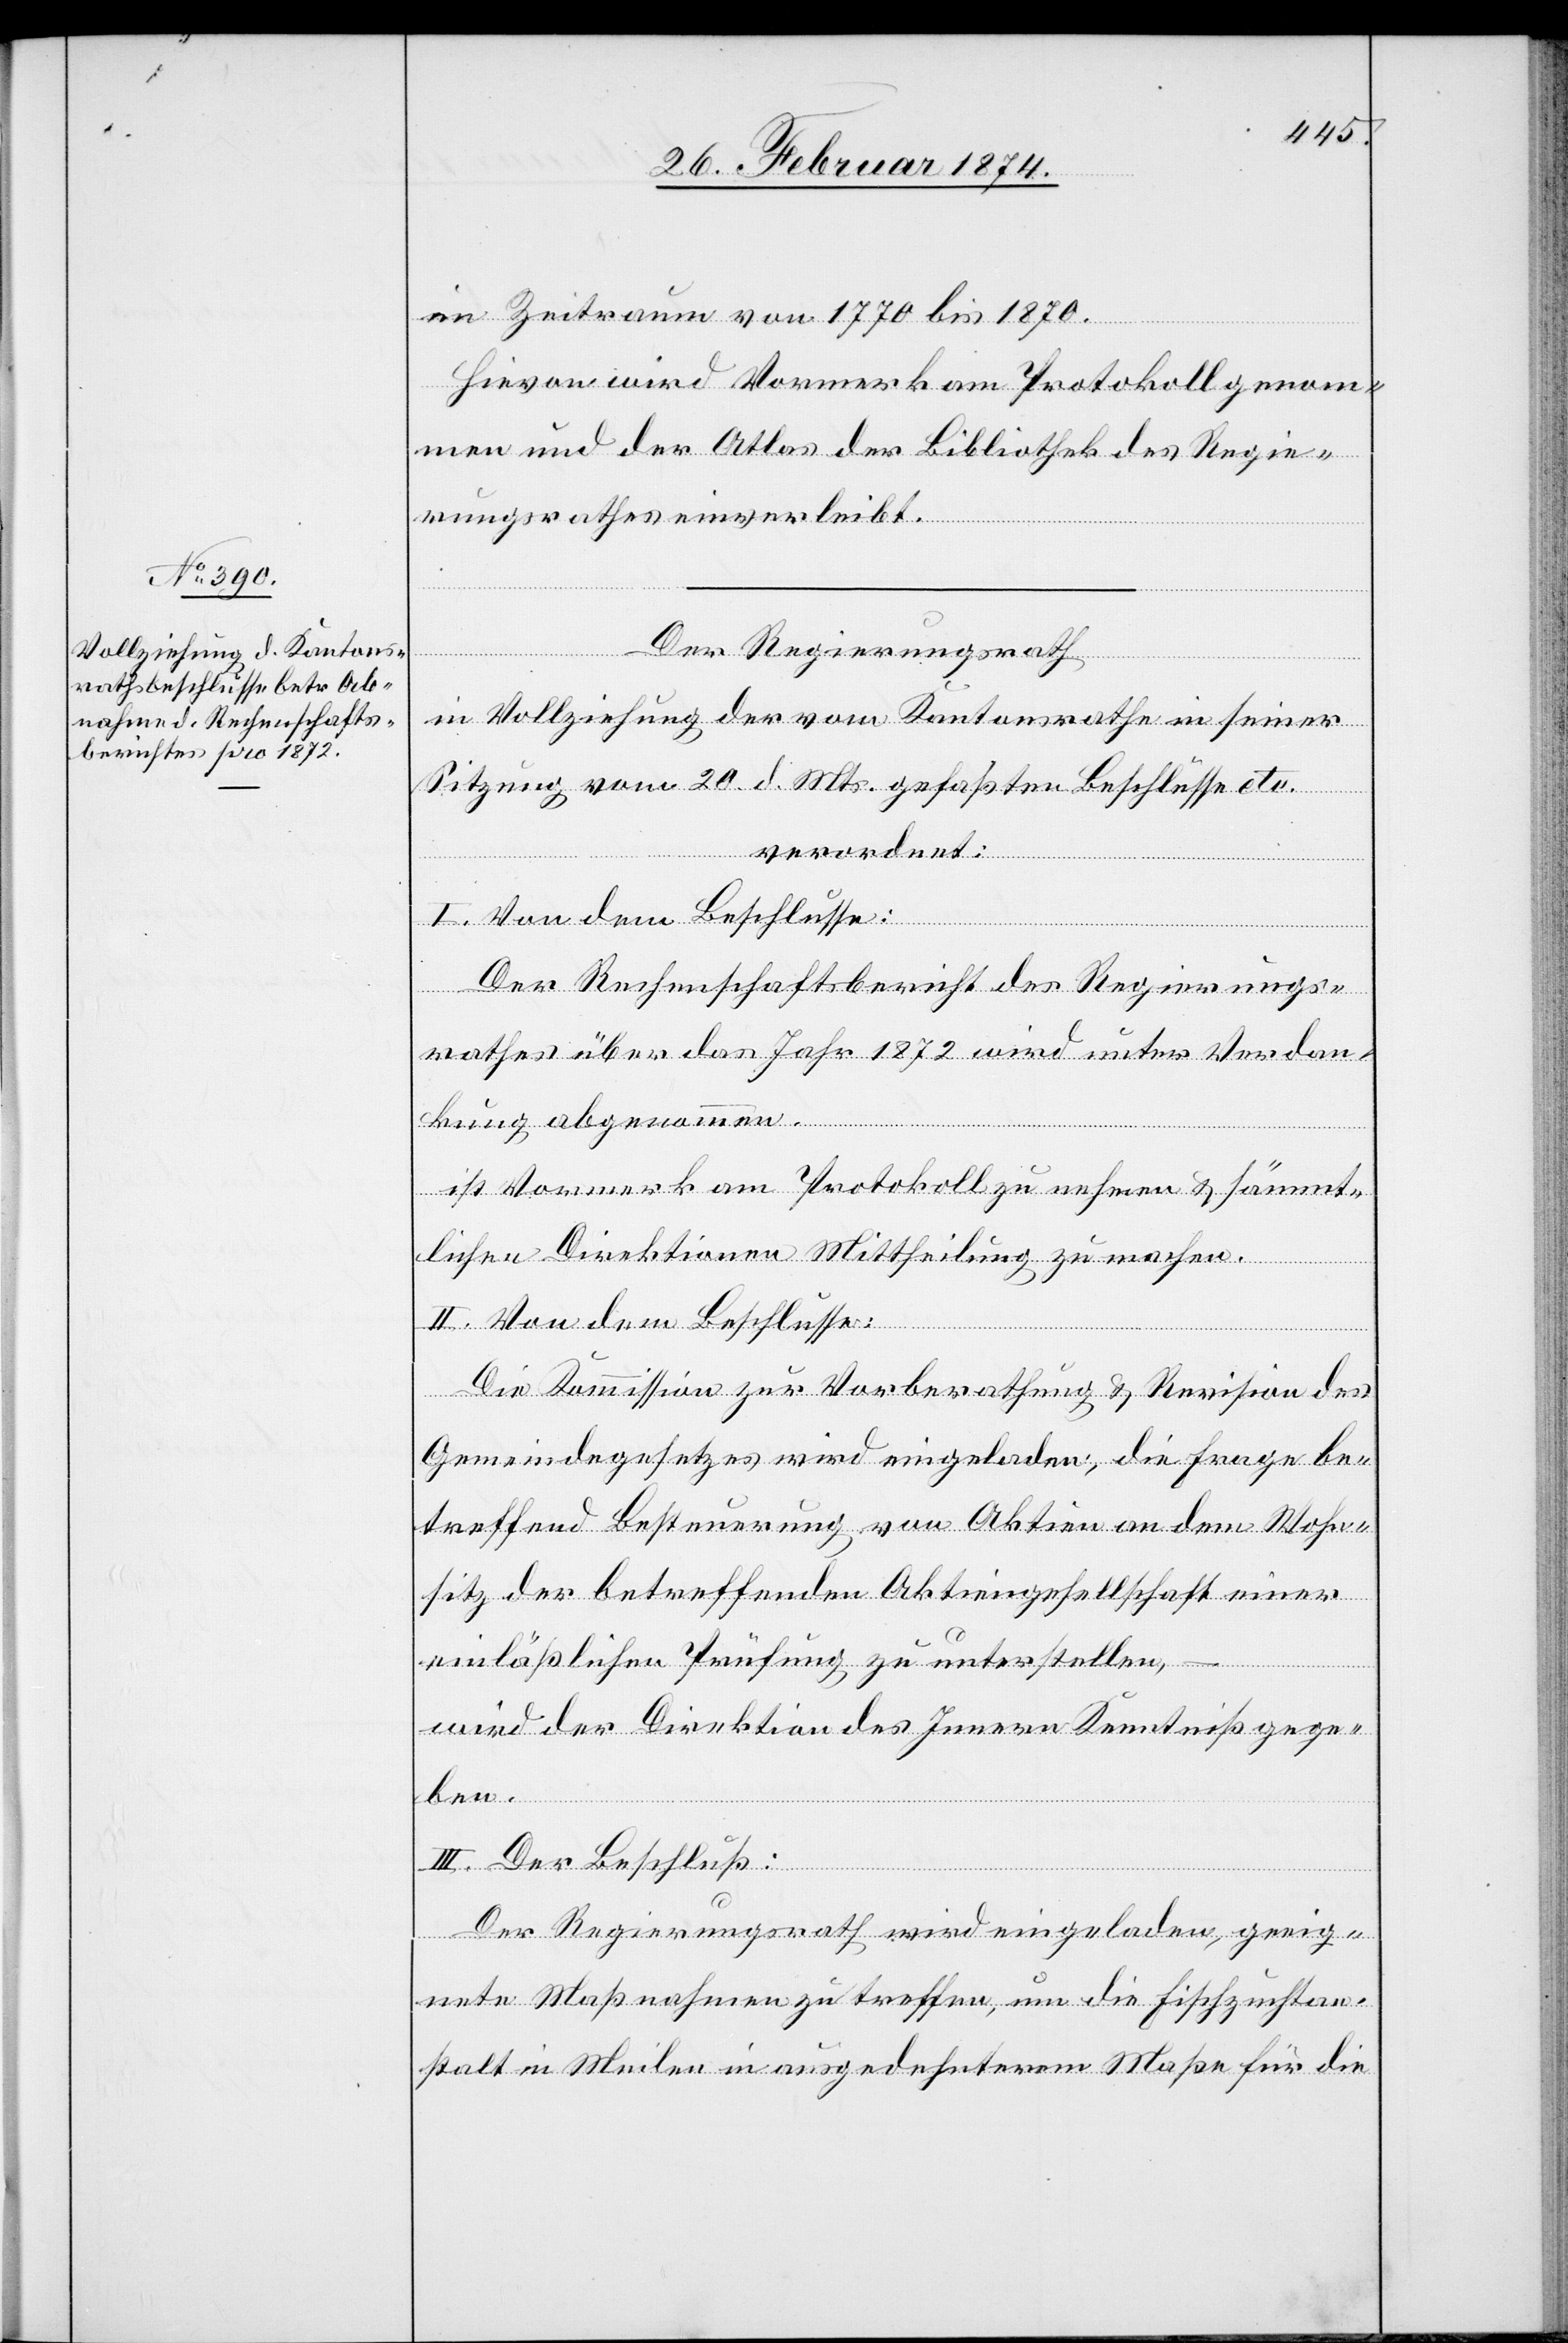
im Zeitraum von 1770 bis 1870.
Hievon wird Vormerk am Protokoll genom¬
men und der Atlas der Bibliothek des Regie¬
rungsrathes einverleibt.
Der Regierungsrath
in Vollziehung der vom Kantonsrathe in seiner
Sitzung vom 20. d. Mts. gefaßten Beschlüsse etc.
verordnet:
I. Von dem Beschlusse:
Der Rechenschaftsbericht des Regierungs¬
rathes über das Jahr 1872 wird unter Verdan¬
kung abgenommen.
ist Vormerk am Protokoll zu nehmen u. sämmt¬
lichen Direktionen Mittheilung zu machen.
II. Von dem Beschlusse:
Die Kommission zur Vorberathung u. Revision des
Gemeindegesetzes wird eingeladen, die Frage be¬
treffend Besteurung von Aktien an dem Wohn¬
sitz der betreffenden Aktiengesellschaft einer
einläßlichen Prüfung zu unterstellen,
wird der Direktion des Innern Kenntniß gege¬
ben.
III. Der Beschluß:
Der Regierungsrath wird eingeladen, geeig¬
nete Maßnahmen zu treffen, um die Fischzuchtan¬
stalt in Meilen in ausgedehnterem Maße für die